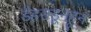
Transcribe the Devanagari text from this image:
डेहराडूनहून